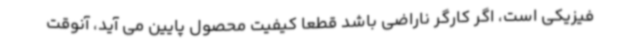
فیزیکی است، اگر کارگر ناراضی باشد قطعا کیفیت محصول پایین می آید، آنوقت